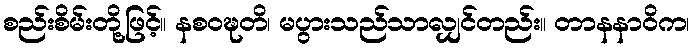
စည်းစိမ်းတို့ဖြင့်။ နစဝဍ္ဎတိ၊ မပွားသည်သာလျှင်တည်း။ တာနနာဝိက၊